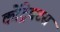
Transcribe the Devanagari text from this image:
कोंट्रेक्टस